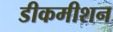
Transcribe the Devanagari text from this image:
डीकमीशन